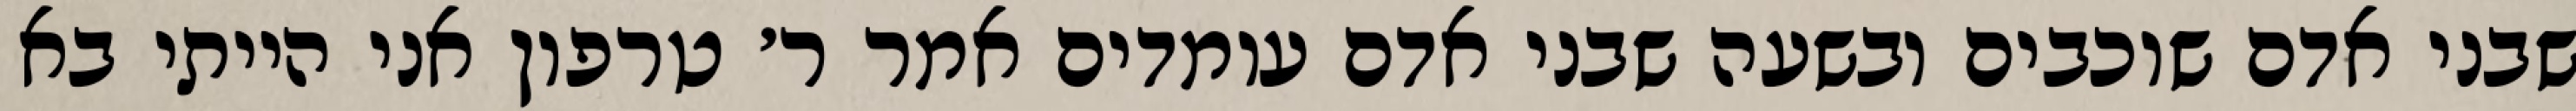
שבני אדם שוכבים ובשעה שבני אדם עומדים אמר ר׳ טרפון אני הייתי בא